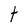
Character: t